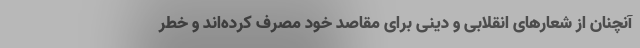
آنچنان از شعارهای انقلابی و دینی برای مقاصد خود مصرف کرده‌اند و خطر